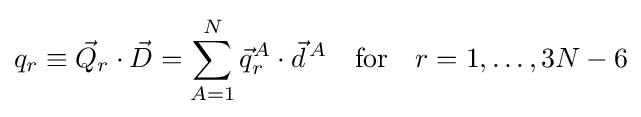
q_{r}\equiv {\vec {Q}}_{r}\cdot {\vec {D}}=\sum _{A=1}^{N}{\vec {q}}_{r}^{A}\cdot {\vec {d}}^{\,A}\quad \mathrm {for} \quad r=1,\ldots ,3N-6